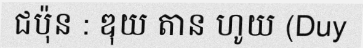
ជប៉ុន : ឌុយ តាន ហូយ (Duy